Indian journal of veterinary science and animal husbandry - Volume 5,
Year: 1935
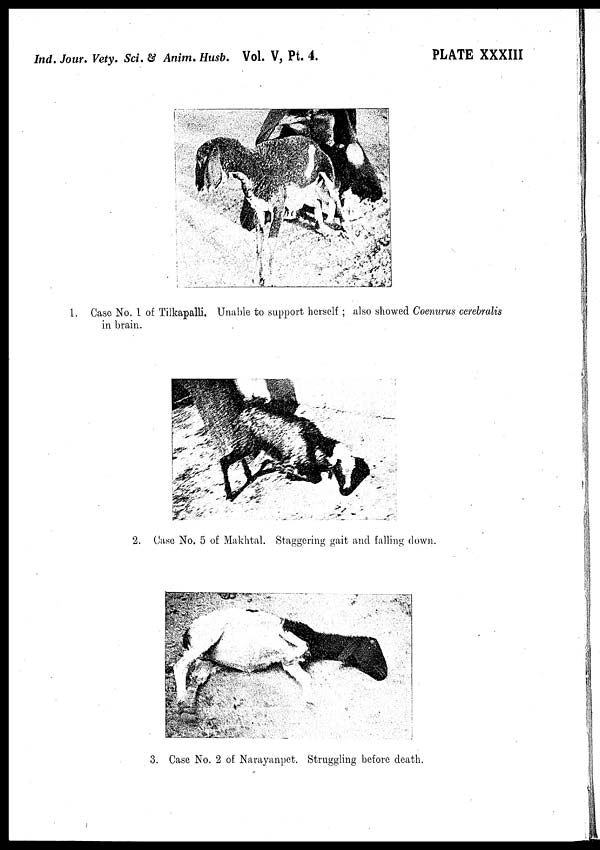
Ind. Jour. Vety. Sci. & Anim. Husb. Vol. V, Pt. 4.
PLATE XXXIII
1. Case No. 1 of Tilkapalli. Unable to support herself ; also showed Coenurus cerebralis
in brain.
2. Case No. 5 of Makhtal. Staggering gait and falling down.
3. Case No. 2 of Narayanpet. Struggling before death.